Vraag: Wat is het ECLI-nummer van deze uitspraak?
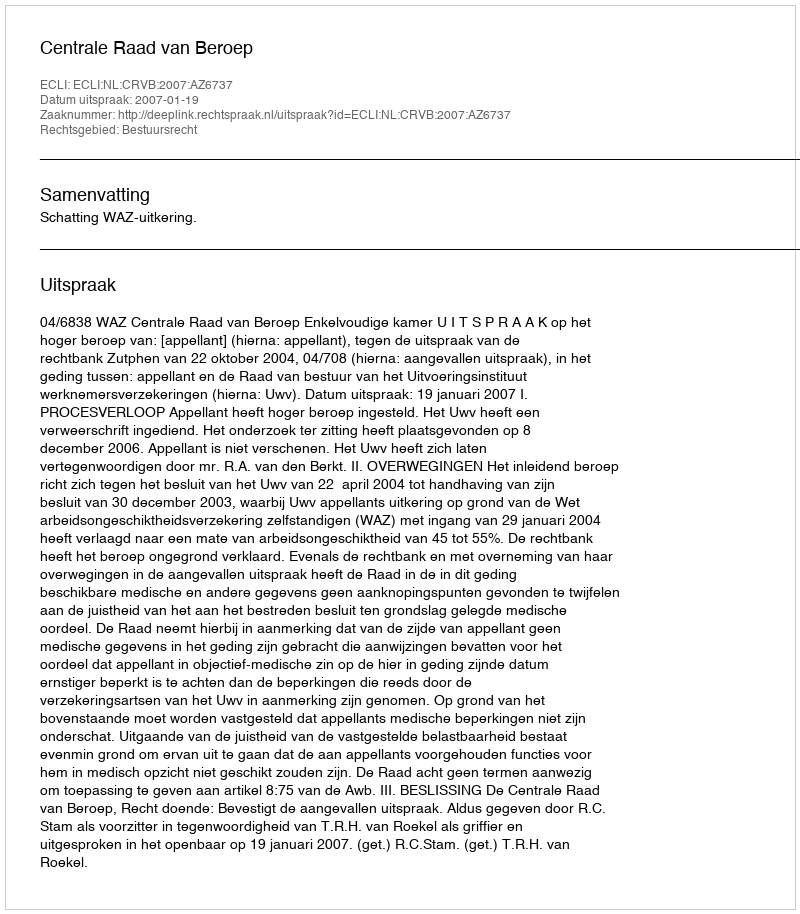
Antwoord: ECLI:NL:CRVB:2007:AZ6737